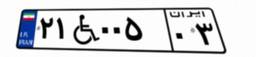
۶۱W۶۴۰۸۱